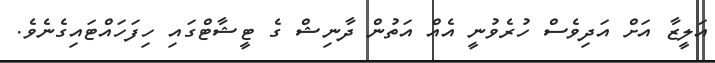
އަލީޒާ އަށް އަދިވެސް ހުރެވުނީ އެއް އަތުން ދާނިޝް ގެ ޓީޝާޓްގައި ހިފަހައްޓައިގެނެވެ.